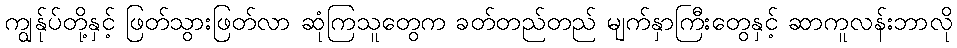
ကျွန်ုပ်တို့နှင့် ဖြတ်သွားဖြတ်လာ ဆုံကြသူတွေက ခတ်တည်တည် မျက်နှာကြီးတွေနှင့် ဆာကူလန်းဘာလို